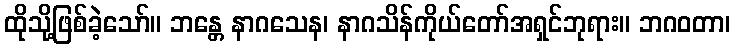
ထိုသို့ဖြစ်ခဲ့သော်။ ဘန္တေ နာဂသေန၊ နာဂသိန်ကိုယ်တော်အရှင်ဘုရား။ ဘဂဝတာ၊